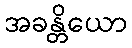
အခန္တိယော